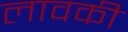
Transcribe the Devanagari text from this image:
लावकी